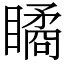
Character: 瞲